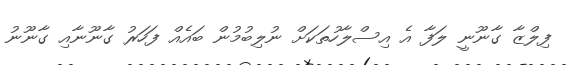
ފިލްޒާ ގާނޫނީ ލަފާ އެ އިސްލާހުތަކަށް ނުލިބުމުން ބައެއް ފަހަރު ގާނޫނާއި ގާނޫނު